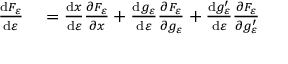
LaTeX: \begin{array} { r l } { { \frac { \mathrm { d } F _ { \varepsilon } } { \mathrm { d } \varepsilon } } } & { { } = { \frac { \mathrm { d } x } { \mathrm { d } \varepsilon } } { \frac { \partial F _ { \varepsilon } } { \partial x } } + { \frac { \mathrm { d } g _ { \varepsilon } } { \mathrm { d } \varepsilon } } { \frac { \partial F _ { \varepsilon } } { \partial g _ { \varepsilon } } } + { \frac { \mathrm { d } g _ { \varepsilon } ^ { \prime } } { \mathrm { d } \varepsilon } } { \frac { \partial F _ { \varepsilon } } { \partial g _ { \varepsilon } ^ { \prime } } } } \end{array}